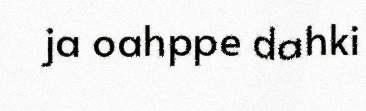
ja oahppe dahki